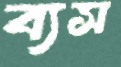
ব্যস